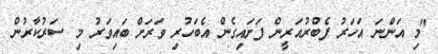
"މި އަންނަ އަހަރު ފެބްރުއަރީން ފަށައިގެން އެބަހުރި ވަރަށް ބައިވަރު މި ސަރުކާރުން